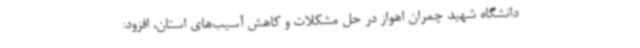
دانشگاه شهید چمران اهواز در حل مشکلات و کاهش آسیب‌های استان، افزود: